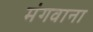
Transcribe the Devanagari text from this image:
मंगवाना